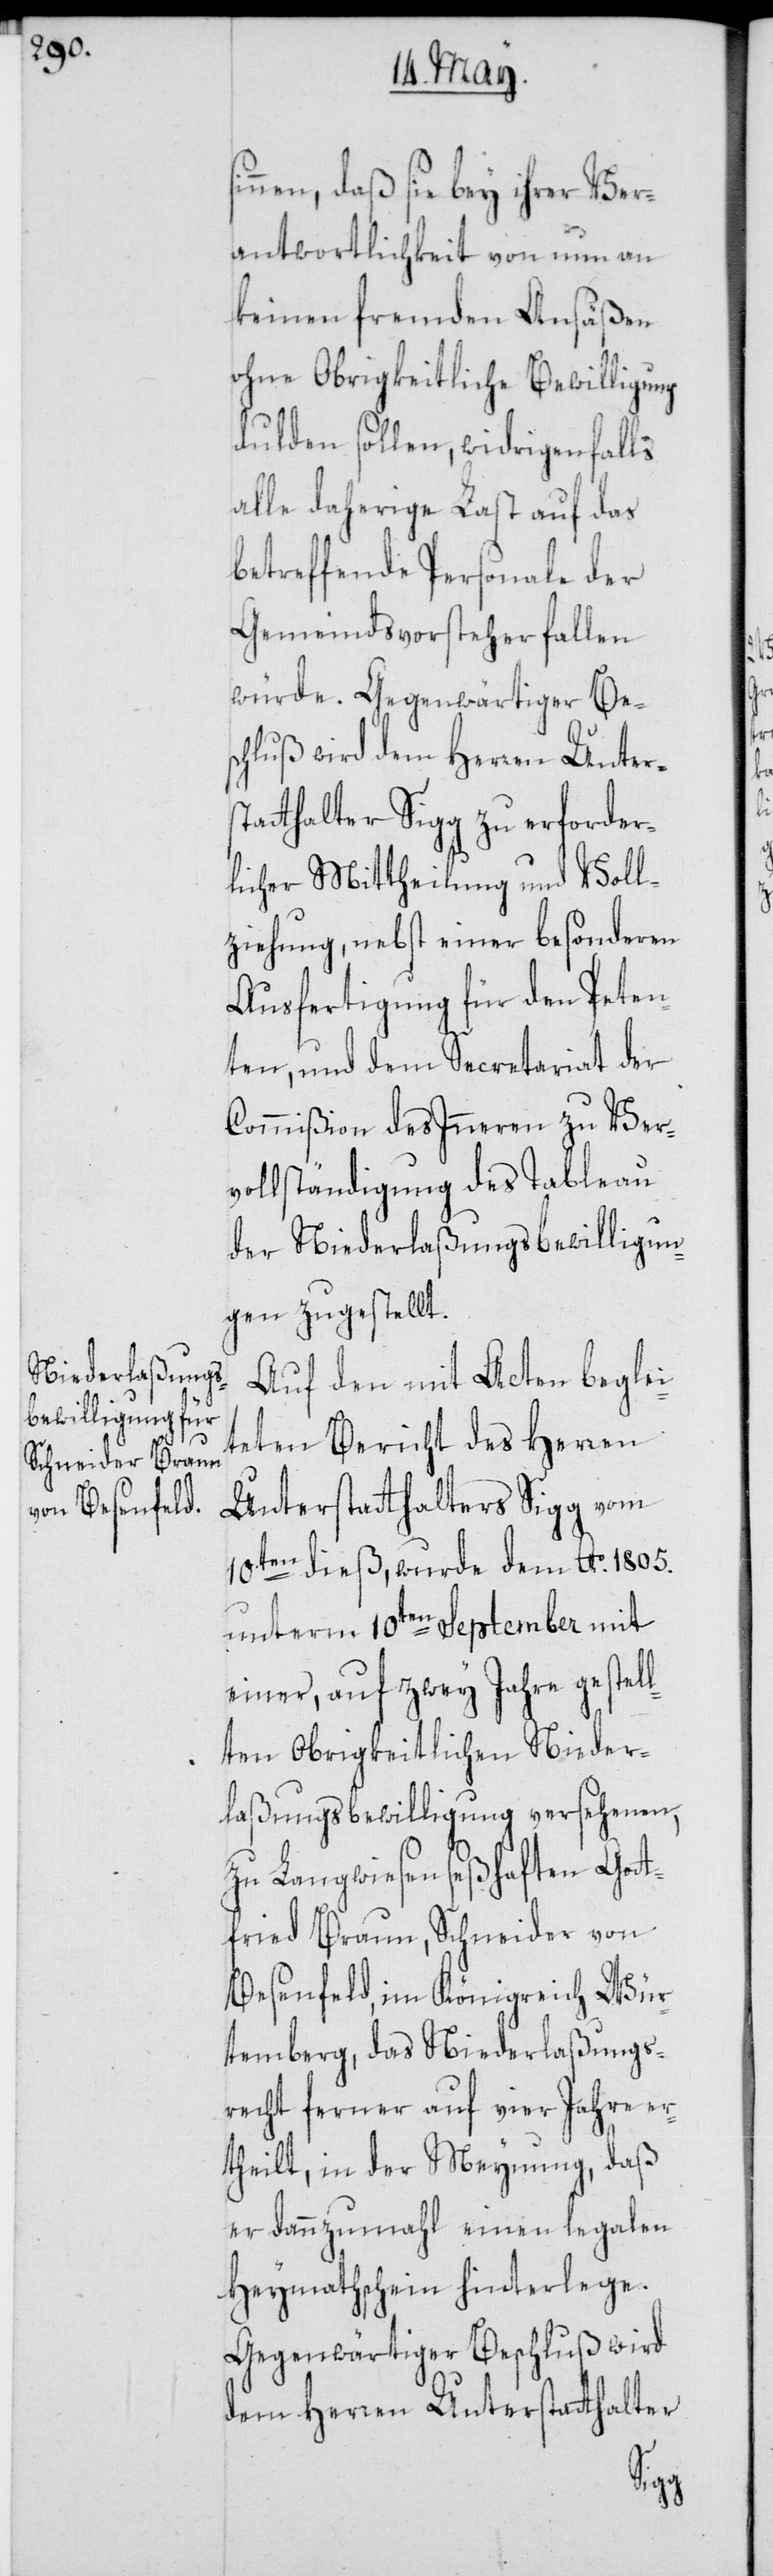
sinnen daß sie bey ihrer Ver¬
antwortlichkeit von nun an
keinen fremden Ansäßen
ohne Obrigkeitliche Bewilligung
dulden sollen, widrigenfalls
alle daherige Last auf das
betreffende Personale der
Gemeindsvorsteher fallen
würde. Gegenwärtiger Bes¬
chluß wird dem Herren Unters¬
tatthalter Sigg zu erforder¬
licher Mittheilung und Voll¬
ziehung, nebst einer besonderen
Ausfertigung für den Peten¬
ten, und dem Secretariat der
Commißion des Inneren zu Ver¬
vollständigung des Tableau
der Niederlaßungsbewilligun¬
gen zugestellt.
Auf den mit Acten beglei¬
teten Bericht des Herren
Unterstatthalters Sigg vom
10.ten dieß, wurde dem Ao. 1805.
unterm 10ten September mit
einer, auf zwey Jahre gestell¬
ten Obrigkeitlichen Nieder¬
laßungsbewilligung versehenen,
zu Langwiesen seßhaften Gott¬
fried Braun, Schneider von
Besenfeld, im Königreich Wür¬
temberg, das Niederlaßungs¬
recht ferner auf vier Jahre er¬
theilt, in der Meynung, daß
er dannzumahl einen legalen
Heymathschein hinterlege.
Gegenwärtiger Beschluß wird
dem Herren Unterstatthalter